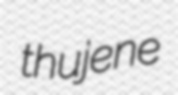
thujene